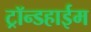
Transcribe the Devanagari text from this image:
ट्रॉन्डहाईम